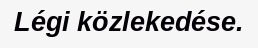
Légi közlekedése.